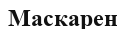
Маскарен